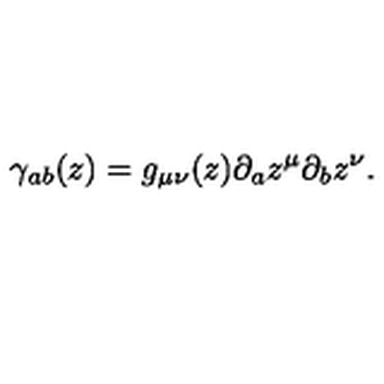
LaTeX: \gamma _ { a b } ( z ) = g _ { \mu \nu } ( z ) \partial _ { a } z ^ { \mu } \partial _ { b } z ^ { \nu } .